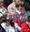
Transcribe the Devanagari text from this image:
मवैयाँ